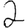
Digit: 2